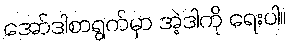
အော်ဒါစာရွက်မှာ အဲ့ဒါကို ရေးပါ။